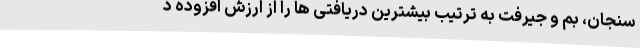
سنجان، بم و جیرفت به ترتیب بیشترین دریافتی ها را از ارزش افزوده د